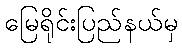
မြေရိုင်းပြည်နယ်မှ